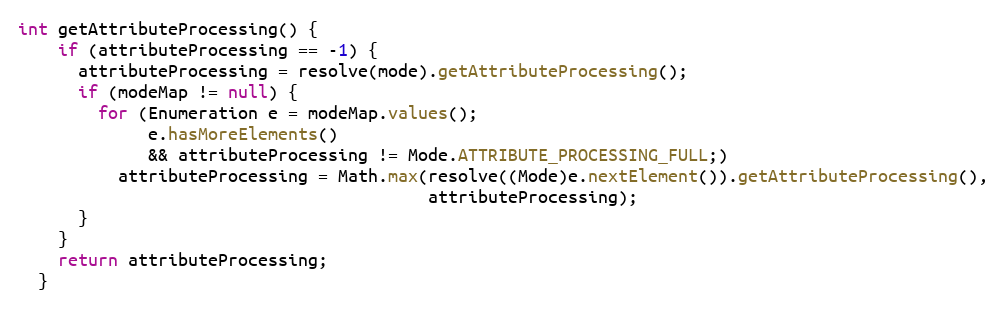
Language: Java
int getAttributeProcessing() {
    if (attributeProcessing == -1) {
      attributeProcessing = resolve(mode).getAttributeProcessing();
      if (modeMap != null) {
        for (Enumeration e = modeMap.values();
             e.hasMoreElements()
             && attributeProcessing != Mode.ATTRIBUTE_PROCESSING_FULL;)
          attributeProcessing = Math.max(resolve((Mode)e.nextElement()).getAttributeProcessing(),
                                         attributeProcessing);
      }
    }
    return attributeProcessing;
  }